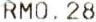
RM0.28